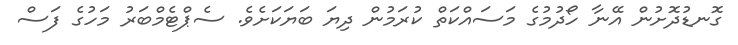
ގޮނޑުދޮށުން އޭނާ ހޯދުުމުގެ މަސައްކަތް ކުރަމުން ދިޔަ ބަޔަކަށެވެ. ސެޕްޓެމްބަރު މަހުގެ ފަސް